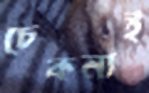
চেকনাই